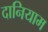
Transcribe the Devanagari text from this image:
दानियाम